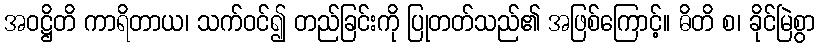
အဝဋ္ဌိတိ ကာရိတာယ၊ သက်ဝင်၍ တည်ခြင်းကို ပြုတတ်သည်၏ အဖြစ်ကြောင့်။ ဓိတိ စ၊ ခိုင်မြဲစွာ